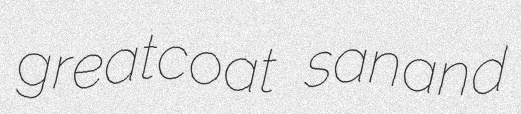
greatcoat sanand